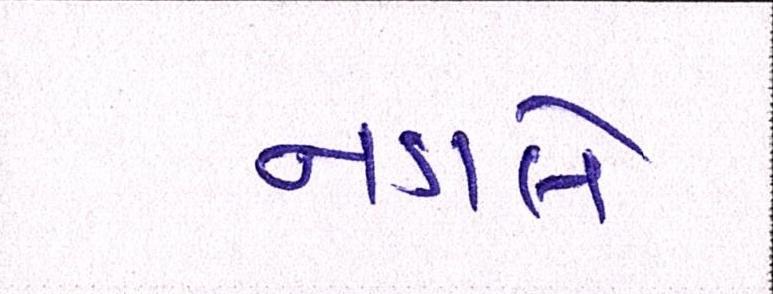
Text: નડાલે